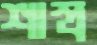
শাস্ত্র